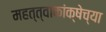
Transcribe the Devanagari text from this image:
महत्त्वाकांक्षेच्या